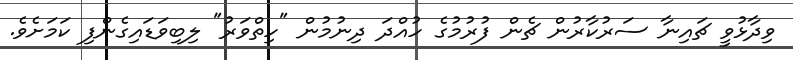
ވިދާޅުވީ ޗައިނާ ސަރުކާރުން ޗެން ފުރުމުގެ ހުއްދަ ދިނުމުން "ހިތްވަރު" ލިބިވަޑައިގެންފި ކަމަށެވެ.